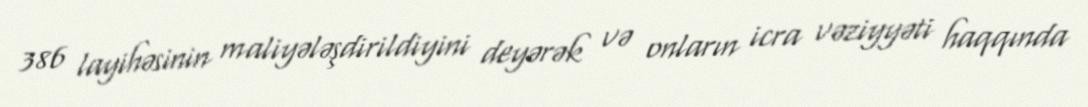
386 layihəsinin maliyələşdirildiyini deyərək və onların icra vəziyyəti haqqında